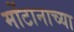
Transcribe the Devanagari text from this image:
मोंटानाच्या